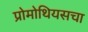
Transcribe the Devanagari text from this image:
प्रोमोथियसचा